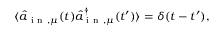
\langle \hat { a } _ { \mathrm { ~ i ~ n ~ } , \mu } ^ { } ( t ) \hat { a } _ { \mathrm { ~ i ~ n ~ } , \mu } ^ { \dagger } ( t ^ { \prime } ) \rangle = \delta ( t - t ^ { \prime } ) ,